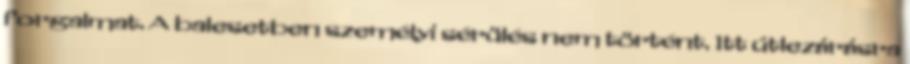
forgalmat. A balesetben személyi sérülés nem történt. Itt útlezárásra